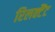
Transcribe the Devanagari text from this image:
रिलक्टैंट